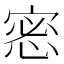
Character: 𢛬